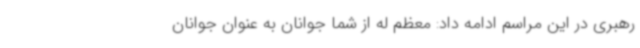
رهبری در این مراسم ادامه داد: معظم له از شما جوانان به عنوان جوانان